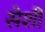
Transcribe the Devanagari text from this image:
सेशी